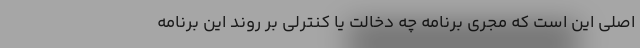
اصلی این است که مجری برنامه چه دخالت یا کنترلی بر روند این برنامه